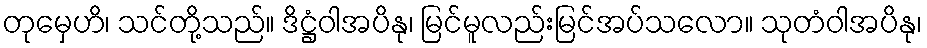
တုမှေဟိ၊ သင်တို့သည်။ ဒိဋ္ဌံဝါအပိနု၊ မြင်မူလည်းမြင်အပ်သလော။ သုတံဝါအပိနု၊